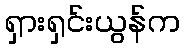
ရှားရှင်းယွန်က